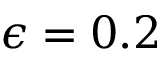
\epsilon = 0 . 2